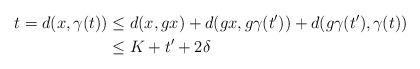
\begin{align*} t = d(x, \gamma (t)) &\leq d(x, gx) + d(gx, g \gamma (t')) + d(g \gamma (t'), \gamma (t)) \\ &\leq K + t' + 2 \delta \end{align*}